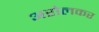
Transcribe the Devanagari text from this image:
अरोलकर